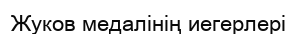
Жуков медалінің иегерлері